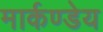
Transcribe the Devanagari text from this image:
मार्कण्‍डेय